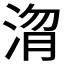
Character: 𭰴